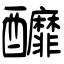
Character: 釄